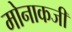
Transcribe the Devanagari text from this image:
मोनाकजी